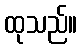
ထုသည်။